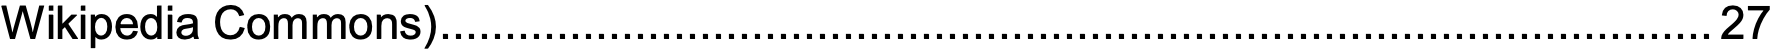
Wikipedia Commons)..................................................................................................27